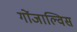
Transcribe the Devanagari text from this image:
गोंजाल्विस